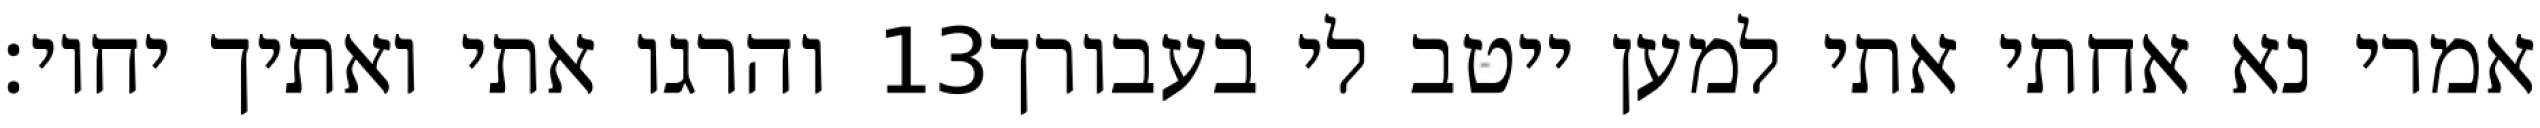
והרגו אתי ואתיך יחיו׃ ‎13‏ אמרי נא אחתי אתי למען ייטב לי בעבורך